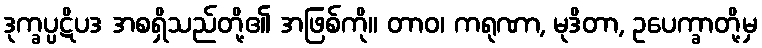
ဒုက္ခပ္ပဋိပဒ အစရှိသည်တို့၏ အဖြစ်ကို။ တာဝ၊ ကရုဏာ, မုဒိတာ, ဥပေက္ခာတို့မှ